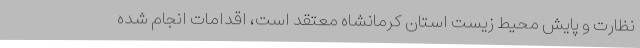
نظارت و پایش محیط زیست استان کرمانشاه معتقد است، اقدامات انجام شده